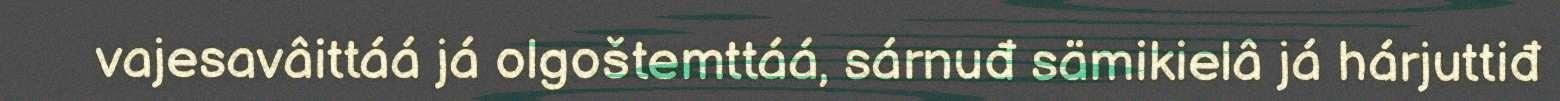
vajesavâittáá já olgoštemttáá, sárnuđ sämikielâ já hárjuttiđ